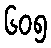
၆၀၅